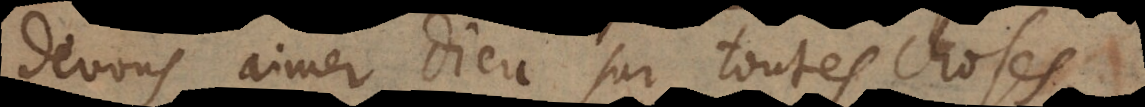
devons aimer Dieu sur toutes choses,